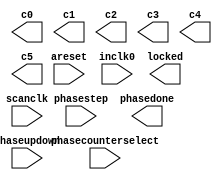
module ddr3_int_phy_alt_mem_phy_pll (
	areset,
	inclk0,
	phasecounterselect,
	phasestep,
	phaseupdown,
	scanclk,
	c0,
	c1,
	c2,
	c3,
	c4,
	c5,
	locked,
	phasedone);
	input	  areset;
	input	  inclk0;
	input	[3:0]  phasecounterselect;
	input	  phasestep;
	input	  phaseupdown;
	input	  scanclk;
	output	  c0;
	output	  c1;
	output	  c2;
	output	  c3;
	output	  c4;
	output	  c5;
	output	  locked;
	output	  phasedone;
`ifndef ALTERA_RESERVED_QIS
// synopsys translate_off
`endif
	tri0	  areset;
	tri0	[3:0]  phasecounterselect;
	tri0	  phasestep;
	tri0	  phaseupdown;
`ifndef ALTERA_RESERVED_QIS
// synopsys translate_on
`endif
endmodule